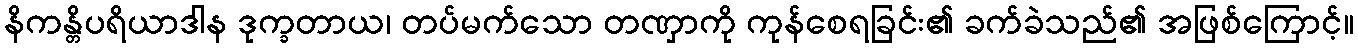
နိကန္တိပရိယာဒါန ဒုက္ခတာယ၊ တပ်မက်သော တဏှာကို ကုန်စေရခြင်း၏ ခက်ခဲသည်၏ အဖြစ်ကြောင့်။